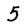
Character: 5